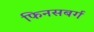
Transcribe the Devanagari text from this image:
फिनसबर्ग